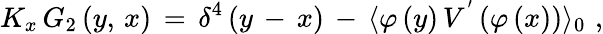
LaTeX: K_{x}\, G_{2}\, (y,\, x)\, =\, \delta^{4}\, (y\, -\, x)\, -\, \langle\varphi\, (y)\, V^{'}\, (\varphi\, (x))\rangle_{0}\, \, ,